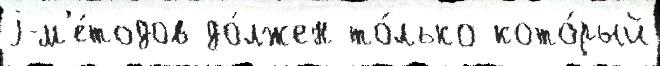
j-м'е́тодов до́лжен то́лько кото́рый